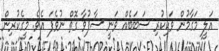
އަލީ މަގާމުން ވަކިކުރި ސަބަބެއް ވަނީ ސާފުވާ ގޮތް ނުވެފަ އެވެ. މީގެކުރިން